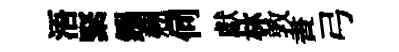
浯緊鏹翹伺獻林敦晝弓